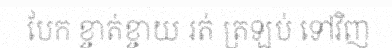
បែក ខ្ចាត់ខ្ចាយ រត់ ត្រឡប់ ទៅវិញ